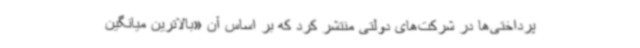
پرداختی‌ها در شرکت‌های دولتی منتشر کرد که بر اساس آن «بالاترین میانگین